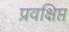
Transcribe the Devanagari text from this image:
प्रवक्षिप्त